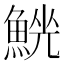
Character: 𩸟